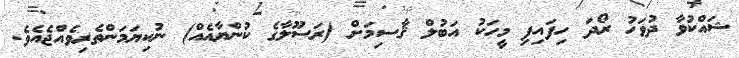
ޝައްކުވާ ދުވަހު ރޯދަ ހިފައިފި މީހަކު އަބުލް ޤާސިމަށް (ރަސޫލާގެ ކުންޔާއެއް) ނުކިޔަމަންތެރިވެއްޖެއެވެ.